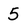
Character: 5